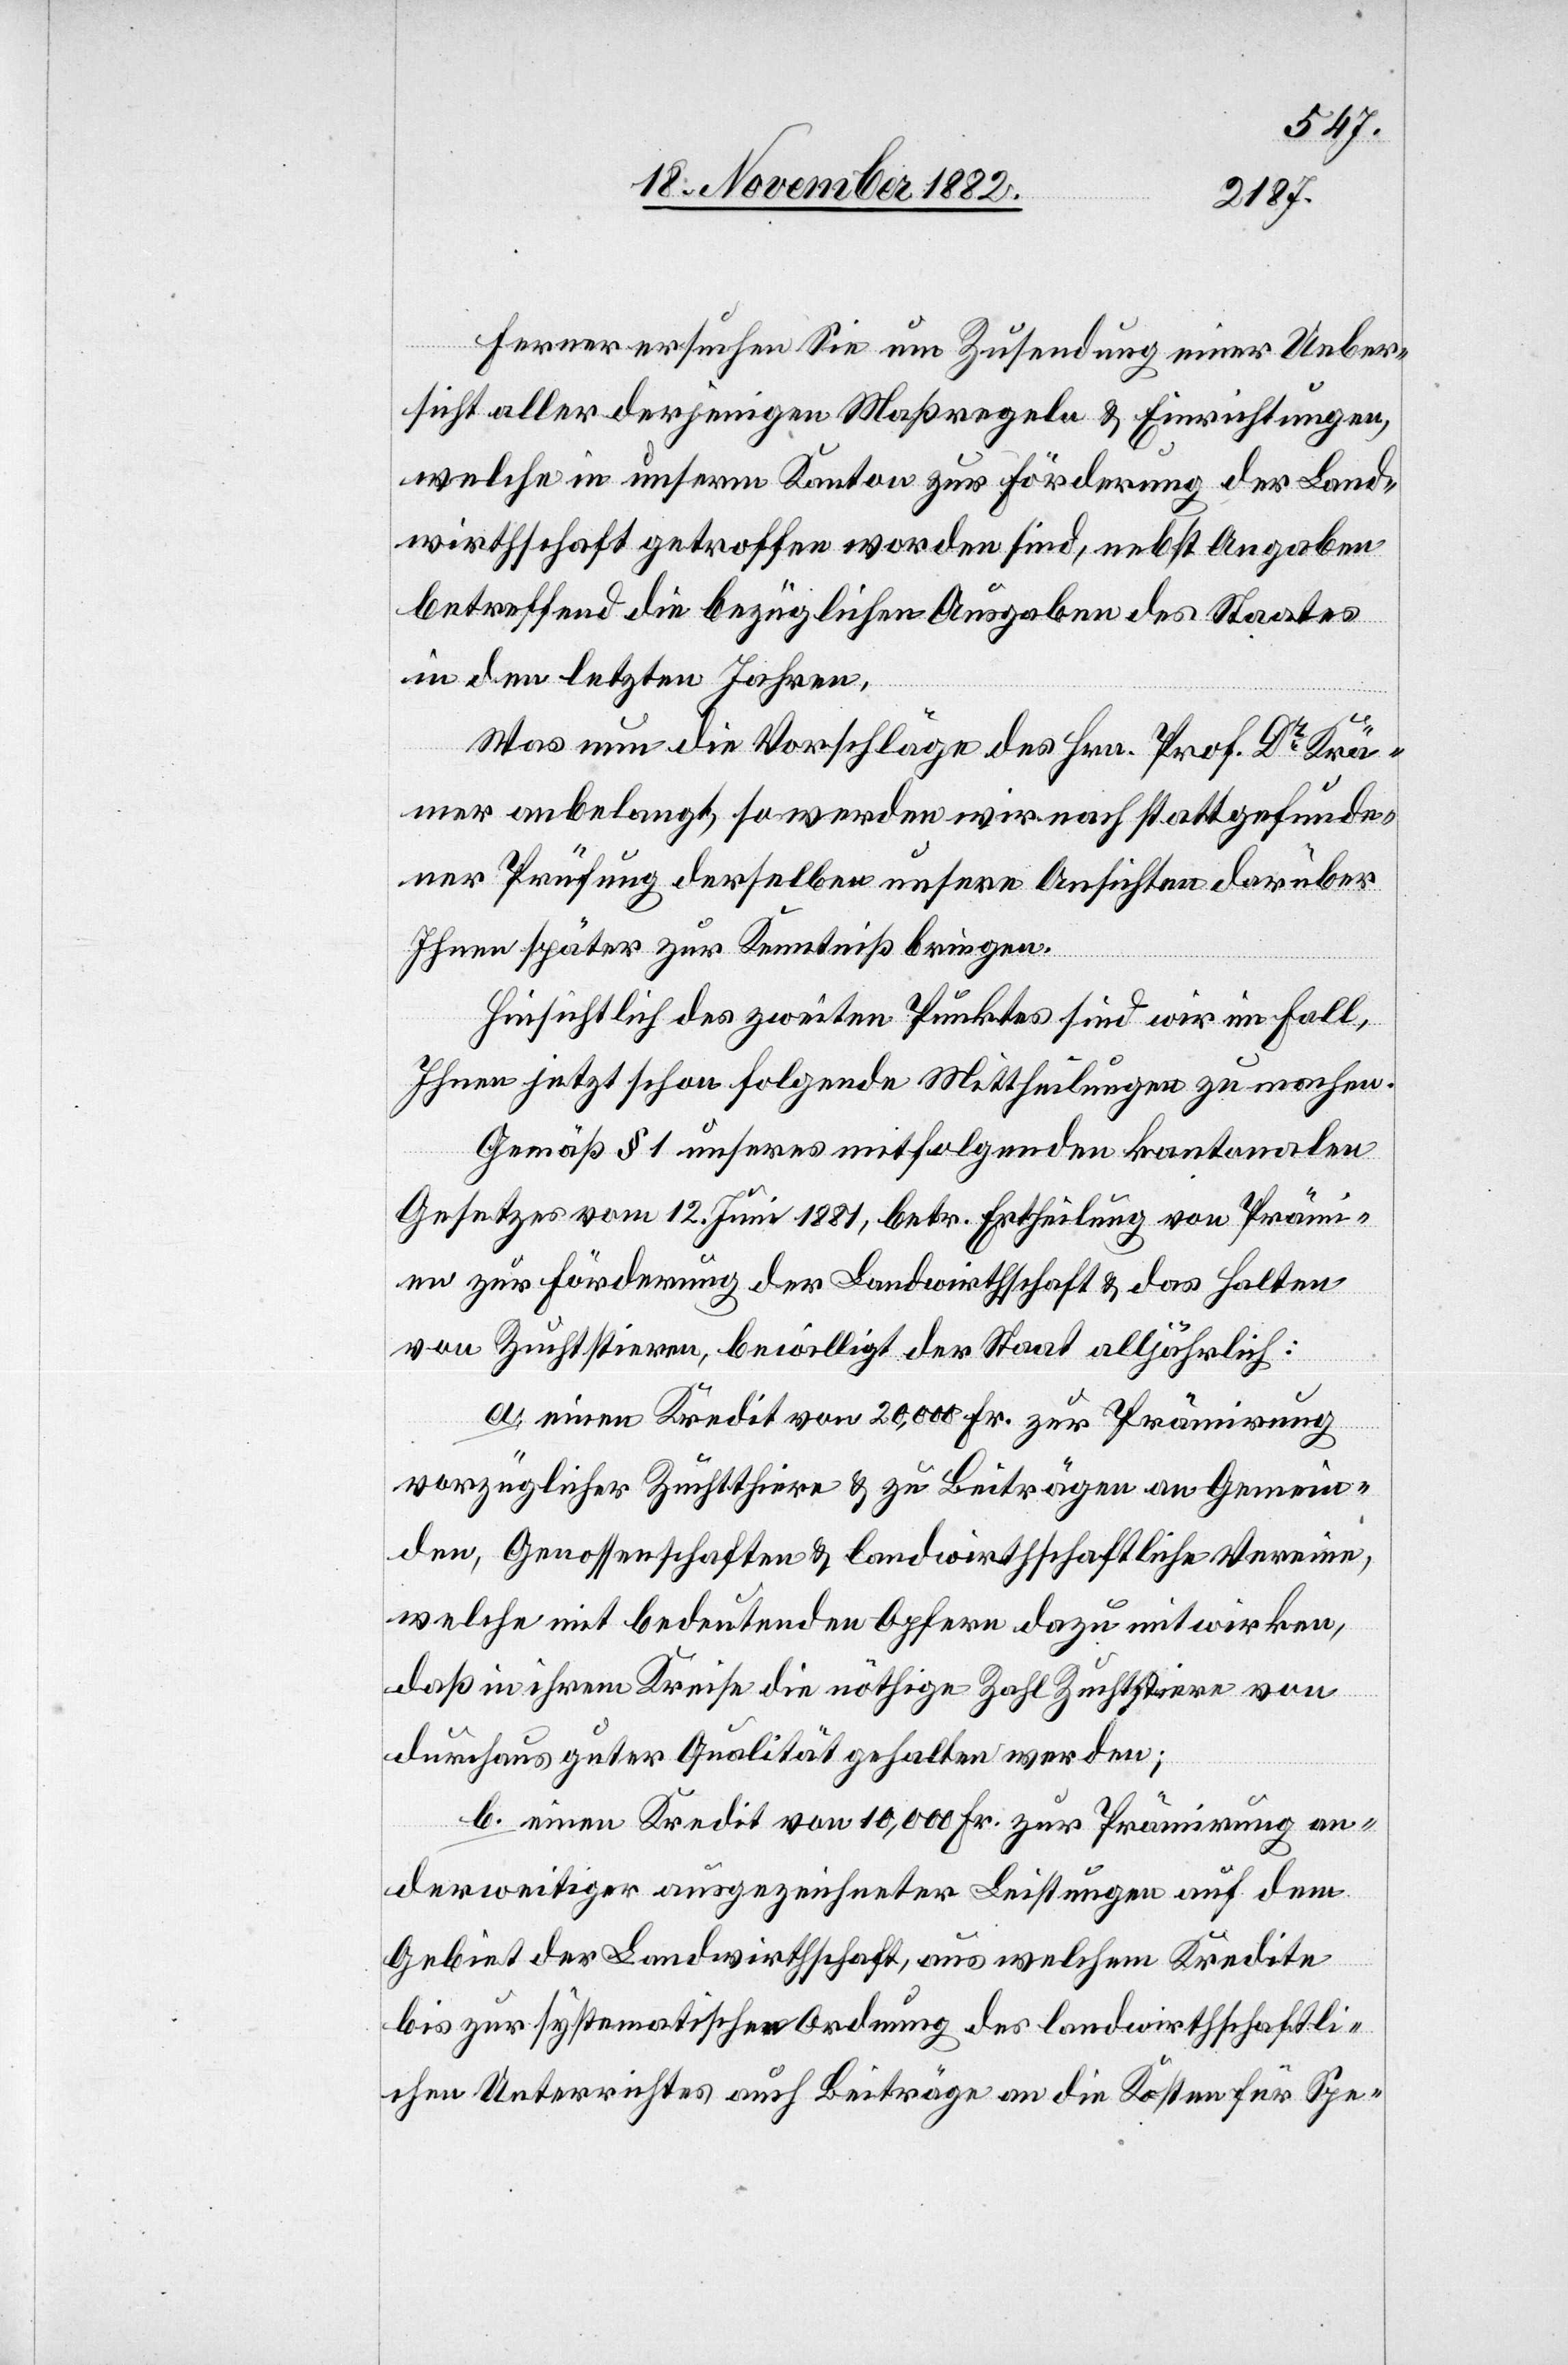
Ferner ersuchen Sie um Zusendung einer Ueber¬
sicht aller derjenige Maßregeln & Einrichtungen,
welche in unserm Kanton zur Förderung der Land¬
wirthschaft getroffen worden sind, nebst Angaben
betreffend die bezüglichen Ausgaben des Staates
in den letzten Jahren.
Was nun die Vorschläge des Hrn. Prof. Dr Krä¬
mer anbelangt, so werden wir nach stattgefunde¬
ner Prüfung derselben unsere Ansichten darüber
Ihnen später zur Kenntniß bringen.
Hinsichtlich des zweiten Punktes sind wir im Fall,
Ihnen jetzt schon folgende Mittheilungen zu machen.
Gemäß § 1 unseres mitfolgenden kantonalen
Gesetzes vom 12. Juni 1881, betr. Ertheilung von Prämi¬
en zur Förderung der Landwirthschaft & das Halten
von Zuchtstieren, bewilligt der Staat alljährlich:
a. einen Kredit von 20,000 Fr. zur Prämirung
vorzüglicher Zuchtthiere & zu Beiträgen an Gemein¬
den, Genossenschaften & landwirthschaftliche Vereine,
welche mit bedeutenden Opfern dazu mitwirken,
daß in ihrem Kreise die nöthige Zahl Zuchtstiere von
durchaus guter Qualität gehalten werden;
b. einen Kredit von 10,000 Fr. zur Prämirung an¬
derweitiger ausgezeichneter Leistungen auf dem
Gebiet der Landwirthschaft, aus welchem Kredite
bis zur systematischen Ordnung des landwirthschaftli¬
chen Unterrichtes auch Beiträge an die Kosten für Spe-